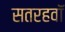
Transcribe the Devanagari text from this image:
सतरहवॉं